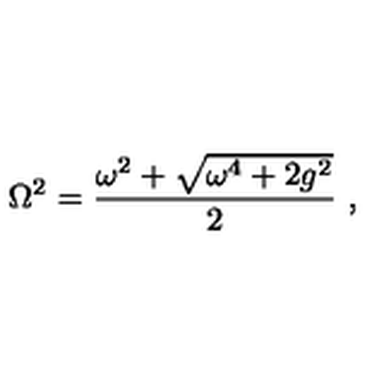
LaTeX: \mathrm { \Omega } ^ { 2 } = { \frac { \omega ^ { 2 } + \sqrt { \omega ^ { 4 } + 2 g ^ { 2 } } } { 2 } } \ ,